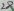
Text: 6